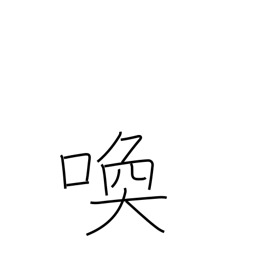
Meaning: scream